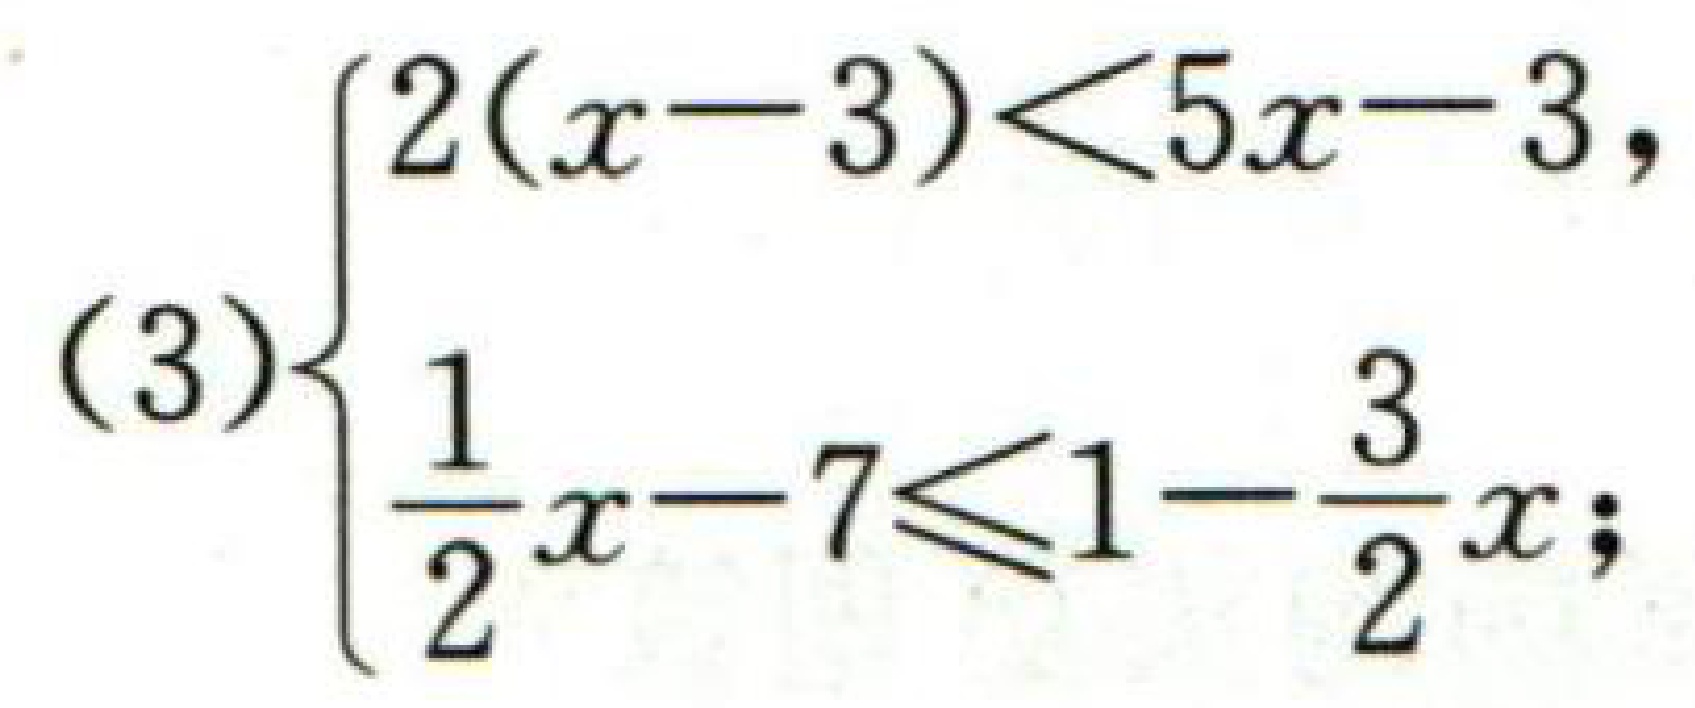
(3)$\begin{cases}

2(x - 3) < 5x - 3,\\

\frac{1}{2}x - 7 \leq 1 - \frac{3}{2}x;

\end{cases}$